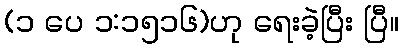
(၁ ပေ ၁:၁၅၁၆)ဟု ရေးခဲ့ပြီး ပြီ။